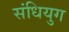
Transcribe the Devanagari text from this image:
संधियुग